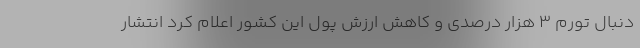
دنبال تورم ۳ هزار درصدی و کاهش ارزش پول این کشور اعلام کرد انتشار